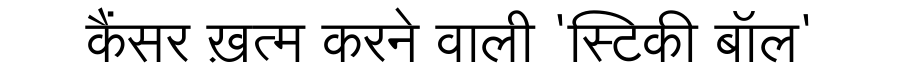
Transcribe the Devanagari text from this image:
कैंसर ख़त्म करने वाली 'स्टिकी बॉल'